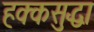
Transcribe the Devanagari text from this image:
हक्कसुद्धा